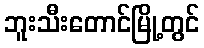
ဘူးသီးတောင်မြို့တွင်